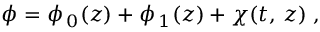
\phi = \phi _ { \, 0 } ( z ) + \phi _ { \, 1 } ( z ) + \chi ( t , \, z ) \; ,